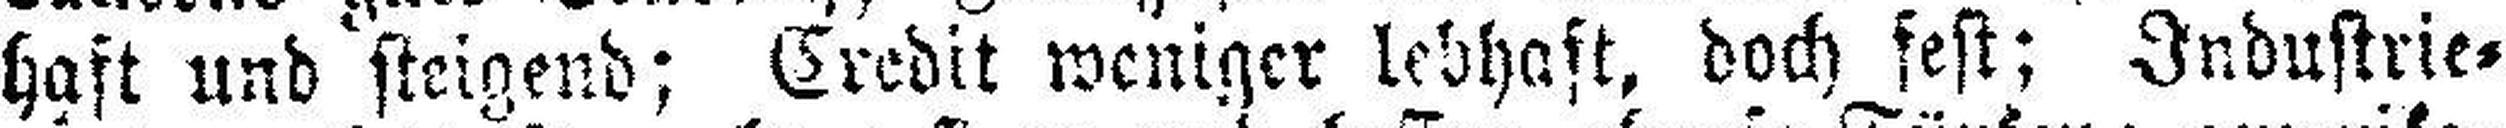
haft und steigend; Credit weniger lebhaft, doch fest; Industrie¬